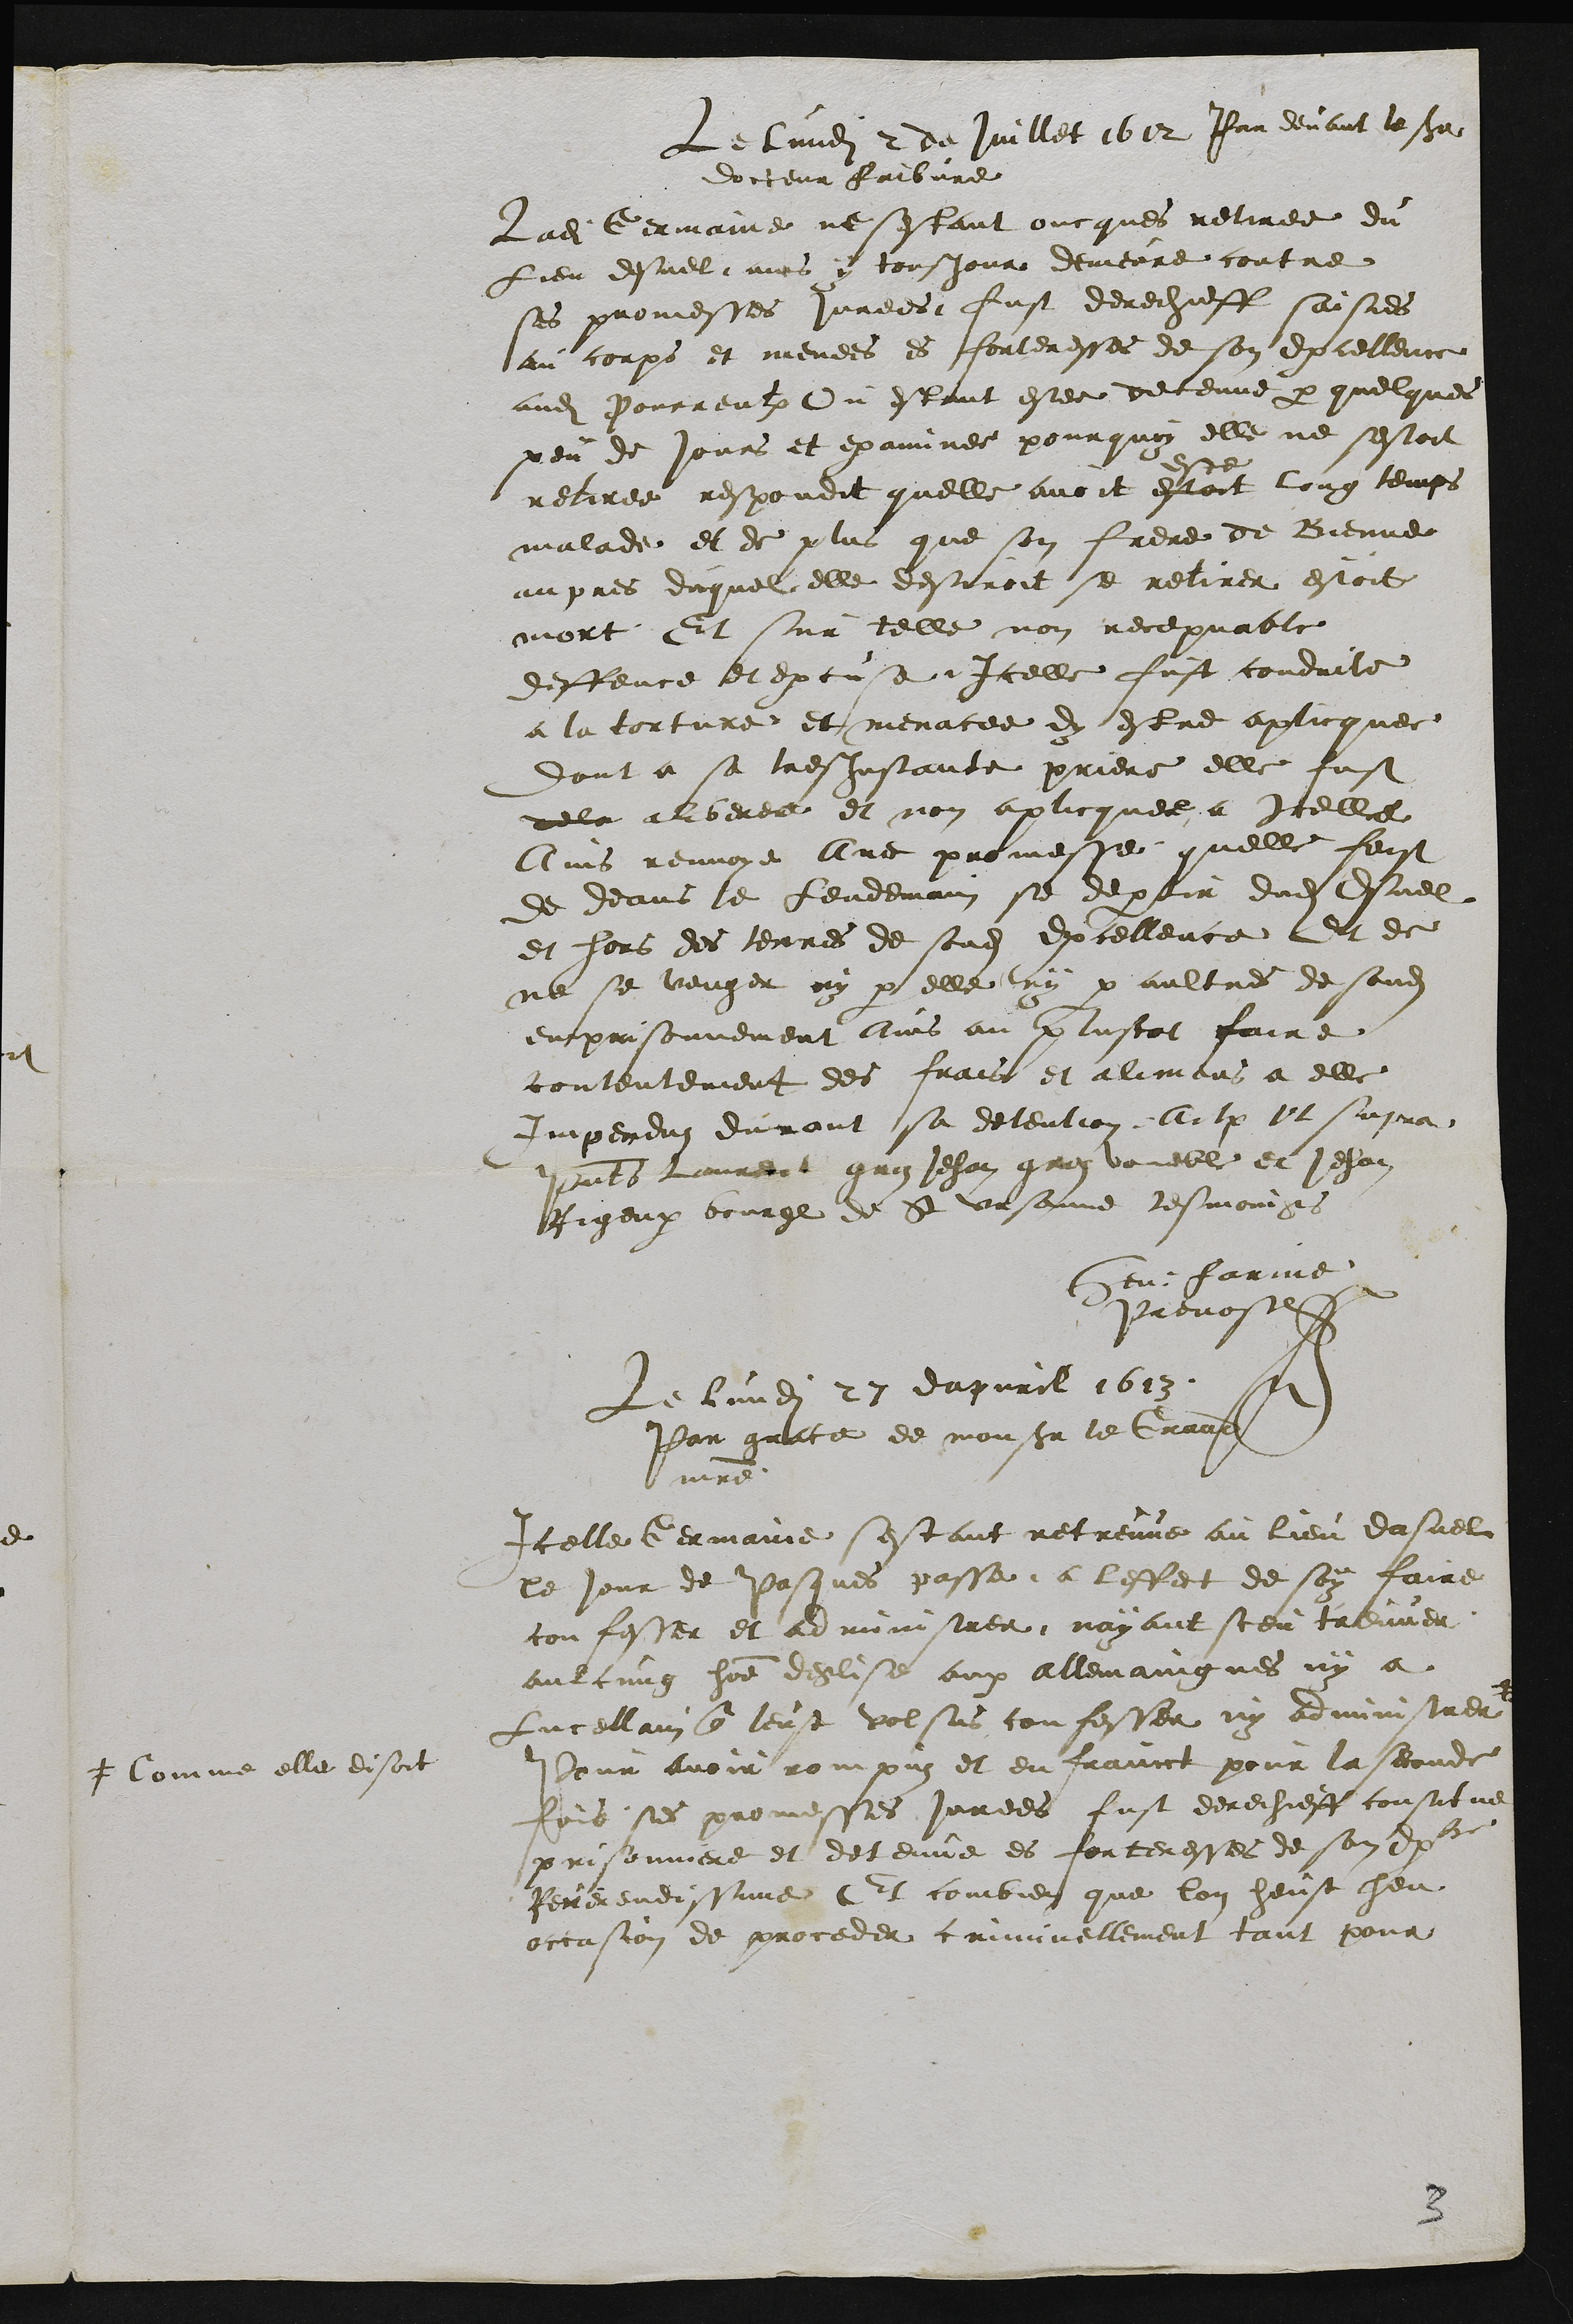
Le lundi 2 de juillet 1612 Par devant le sieur
docteur Faibvre
Ladite Germaine ne sestant oncques retiree du
Lieu desuel ains y tousjours demeure contre
ses promesses jurees fust derechieff saisies
au corps et menees es forteresses de son Excellence
audit Pourrentruy Ou estant estee detenue par quelques
peu de Jours et examinee pourquoy elle ne sestoit
retiree respondit quelle avoit
este
estoit long temps
malade et de plus que son frere de Bienne
aupres duquel elle desiroit se retirer estoit
mort Et sur telle non recepvable
deffence et excuse Icelle fust conduite
a la torture et menacee dy estre aplicquee
dont a sa tres Instante priere elle fust
dela aliberee et non aplicquee a Icelle
Ains renvoye Avec promesse quelle feist
de deans le lendemain se departir dudit Esuel
et hors des terres de sondit Excellence Et de
ne se venger ny par elle ny par aultres de sondit
emprisonnement Ains au plustot faire
contentement des frais et alemens a elle
Impendus durant sa detention Actum ut supra
Presentes Laurent gros Jehan groz voueble et Jehan
Rigeux George de St Ursanne tesmoings
Henri farine
Prevost
Le lundi 27 dapvril 1613
Par grace de monsieur le Grand
maître
Icelle Germaine sestant retreuve au lieu dasuel
le jour de Pasques passe a leffet de soy faire
confesser et administrer nayant sceu treuver
aulcung homme deglise aux allemaingnes ny a
Lucellain que leust volsus confesser ny administrer #
# Comme elle disoit
Pour avoir rompus et en frainct pour la seconde
fois ses promesses jurees fust derechieff constitue
prisonniere et detenue es forteresses de son Excellence
Reverendissime Et combien que lon heust heu
occasion de proceder criminellement tant pour